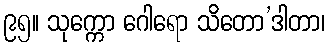
၉၅။ သုက္ကော ဂေါရော သိတော’ဒါတာ၊